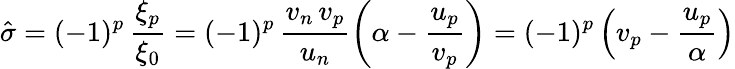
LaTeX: \hat{\sigma}=(-1)^{p}\, \frac{\xi_{p}}{\xi_{0}}=(-1)^{p}\, \frac{v_{n}\, v_{p}}{u_{n}}\left(\alpha-\frac{u_{p}}{v_{p}}\right)=(-1)^{p}\left(v_{p}-\frac{u_{p}}{\alpha}\right)